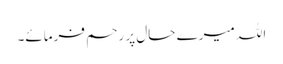
اللہ میرے حال پر رحم فرمائے۔